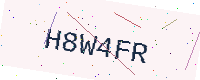
Text: H8W4FR